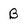
Character: B